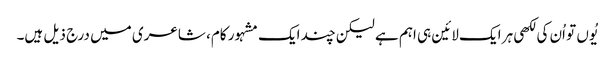
یُوں تو اُن کی لکھی ہر ایک لائین ہی اہم ہے لیکن چند ایک مشہور کام، شاعری میں درج ذیل ہیں۔